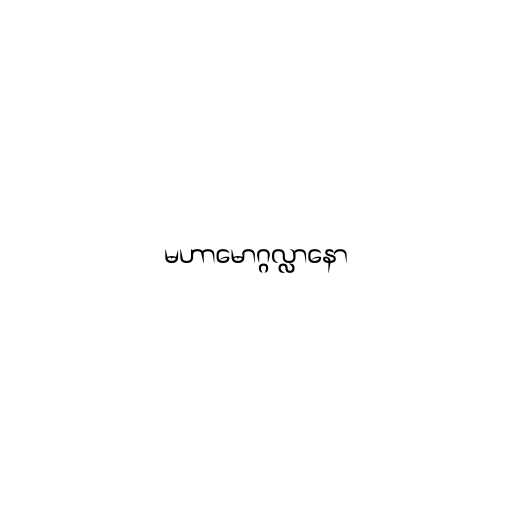
မဟာမောဂ္ဂလ္လာနော